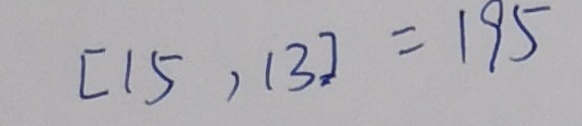
[ 1 5 , 1 3 ] = 1 9 5